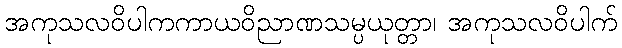
အကုသလဝိပါကကာယဝိညာဏသမ္ပယုတ္တာ၊ အကုသလဝိပါက်